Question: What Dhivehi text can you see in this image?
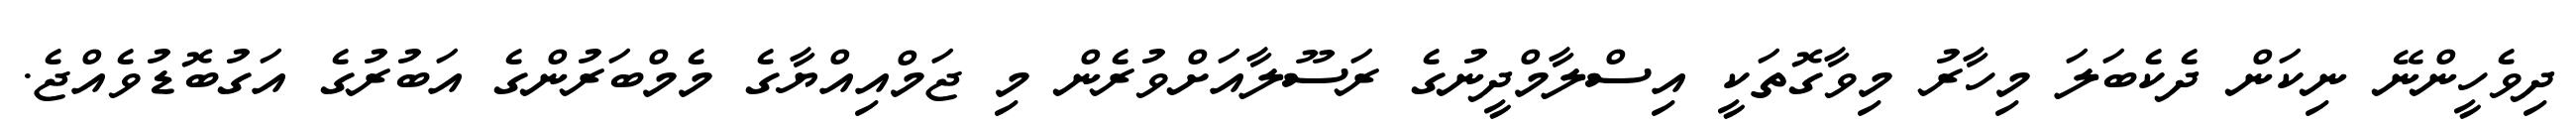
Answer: ދިވެހީންނޭ ނިކަން ދެކެބަލަ މިހާރު މިވާގޮތަކީ އިސްލާމްދީނުގެ ރަސޫލާއަށްވުރެން މި ޖަމްއިއްޔާގެ މެމްބަރުންގެ އަބުރުގެ އަގުބޮޑުވެއްޖެ.